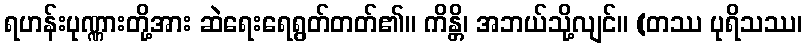
ရဟန်းပုဏ္ဏားတို့အား ဆဲရေးရေရွတ်တတ်၏။ ကိန္တိ၊ အဘယ်သို့လျင်။ (တဿ ပုရိသဿ၊